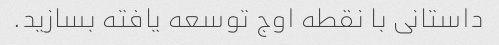
داستانی با نقطه اوج توسعه یافته بسازید.